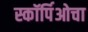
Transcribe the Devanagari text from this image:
स्कॉर्पिओचा